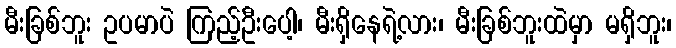
မီးခြစ်ဘူး ဥပမာပဲ ကြည့်ဦးပေါ့၊ မီးရှိနေရဲ့လား၊ မီးခြစ်ဘူးထဲမှာ မရှိဘူး၊